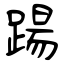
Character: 踼